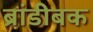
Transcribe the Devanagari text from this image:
ब्रांडीबक